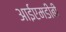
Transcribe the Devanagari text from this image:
आईएमडीबी